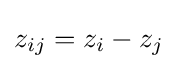
z_{ij}=z_{i}-z_{j}